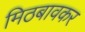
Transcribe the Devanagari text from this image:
मिठबावकर